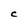
Character: C